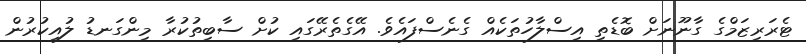
ޓެރަރިޒަމްގެ ގާނޫނަށް ބޮޑެތި އިސްލާހުތަކެއް ގެނެސްފައެވެ. އޭގެތެރޭގައި ކުށް ސާބިތުކުރާ މިންގަނޑު ލުއިކުރުން